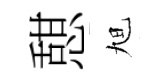
憇旭